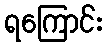
ရကြောင်း